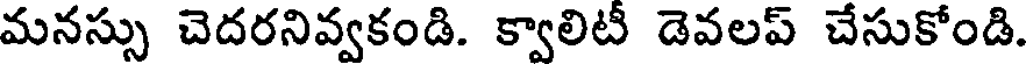
మనస్సు చెదరనివ్వకండి. క్వాలిటీ డెవలప్ చేసుకోండి.